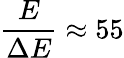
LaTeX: \frac{E}{\Delta{}E}\approx{}55